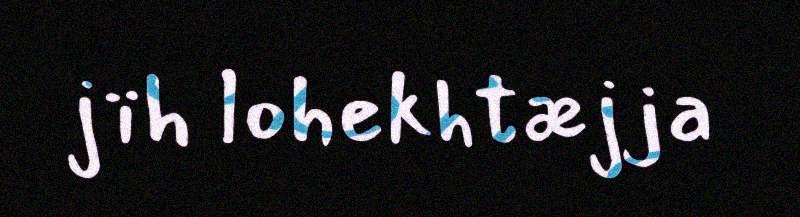
jïh lohekhtæjja